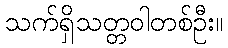
သက်ရှိသတ္တဝါတစ်ဦး။